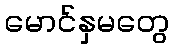
မောင်နှမတွေ